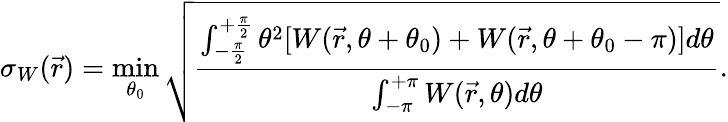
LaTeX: \sigma_{W}(\vec{r})=\operatorname*{min}_{\theta_{0}}\sqrt{\frac{\int_{-\frac{\pi}{2}}^{+\frac{\pi}{2}}\theta^{2}[W(\vec{r},\theta+\theta_{0})+W(\vec{r},\theta+\theta_{0}-\pi)]d\theta}{\int_{-\pi}^{+\pi}W(\vec{r},\theta)d\theta}}.